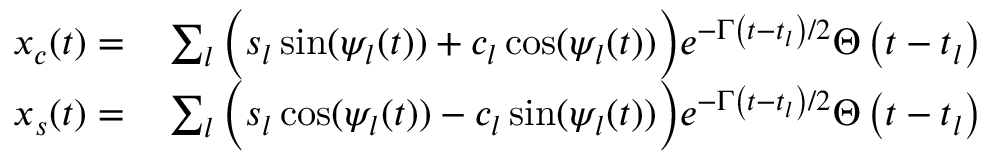
\begin{array} { r l } { x _ { c } ( t ) = } & { { } \sum _ { l } \Big ( s _ { l } \sin ( \psi _ { l } ( t ) ) + c _ { l } \cos ( \psi _ { l } ( t ) ) \Big ) e ^ { - \Gamma \left( t - t _ { l } \right) / 2 } \Theta \left( t - t _ { l } \right) } \\ { x _ { s } ( t ) = } & { { } \sum _ { l } \Big ( s _ { l } \cos ( \psi _ { l } ( t ) ) - c _ { l } \sin ( \psi _ { l } ( t ) ) \Big ) e ^ { - \Gamma \left( t - t _ { l } \right) / 2 } \Theta \left( t - t _ { l } \right) } \end{array}